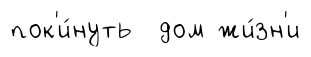
пок'и́нуть дом жи́зн'и